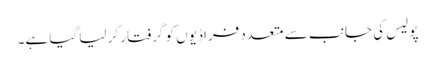
پولیس کی جانب سے متعدد فراڈیوں کو گرفتار کر لیا گیا ہے۔